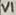
Text: VI